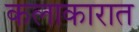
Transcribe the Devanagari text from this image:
कलाकारात